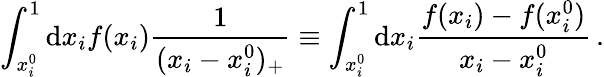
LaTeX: \int_{x_{i}^{0}}^{1}\mathrm{d}x_{i}f(x_{i})\frac{{1}}{{(x_{i}-x_{i}^{0})_{+}}}\equiv\int_{x_{i}^{0}}^{1}\mathrm{d}x_{i}\frac{{f(x_{i})-f(x_{i}^{0})}}{{x_{i}-x_{i}^{0}}}\, .